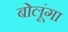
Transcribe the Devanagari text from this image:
बोलूंगा